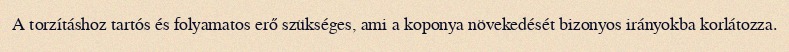
A torzításhoz tartós és folyamatos erő szükséges, ami a koponya növekedését bizonyos irányokba korlátozza.